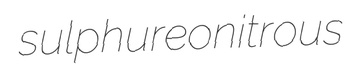
sulphureonitrous